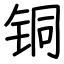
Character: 铜